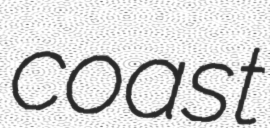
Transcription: coast